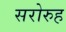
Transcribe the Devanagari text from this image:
सरोरुह